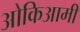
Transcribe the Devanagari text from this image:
ओकिआमी